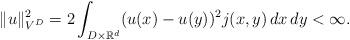
LaTeX: \begin{align*}\|u\|^2_{V^D}=2\int_{D\times \mathbb R^d}(u(x)-u(y))^2 j(x,y)\,dx\,dy<\infty.\end{align*}